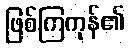
ဖြစ်ကြကုန်၏